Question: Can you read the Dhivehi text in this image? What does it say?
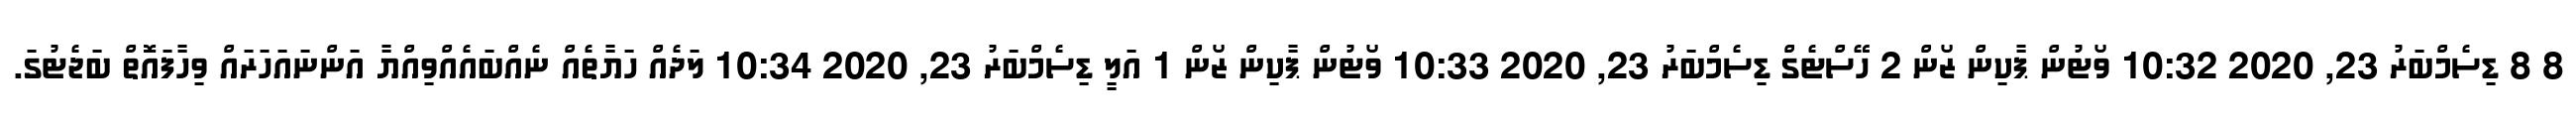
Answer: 8 8 ޑިސެމްބަރު 23, 2020 10:32 ވޯޓުން ޕާކިން ޒޯން 2 ހޭސްޓެގް ޑިސެމްބަރު 23, 2020 10:33 ވޯޓުން ޕާކިން ޒޯން 1 އަލީ ޑިސެމްބަރު 23, 2020 10:34 ލަދެއް ހަޔާތެއް ނެއްބައެއްވިއްޔާ އަންނައަހަރައް ވިހާފައޮތް ބަޖެޓުގަ.